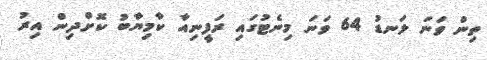
ތިން ވަނަ ލަނޑު 64 ވަނަ މިނެޓުގައި ރަފީނިއާ ކާމިޔާބު ކޮށްދިން އިރު